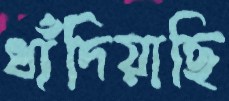
ধাঁদিয়াছি